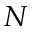
N